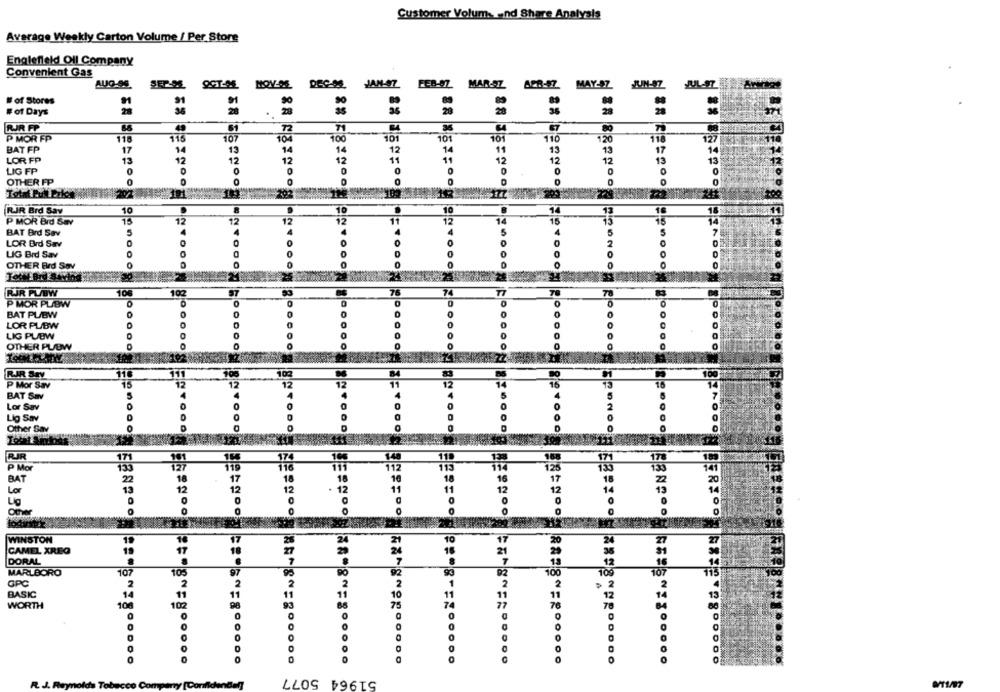
Customer Volums and Share Analysis
Average Weekly Carton Volume / Per Store
Englefield Oll Company
Convenient Gas
AUG 96
JAN-97
QCT-ME MOV-SE DEC-OS
FEB-87 MAR-SZ
APR- 7. MAY-SZ
JUL-97
# of Stores
28
35
28
# of Days
28
RJR FP
61
72
36
P MOR FP
115
115
101
127
107
100
101
101
110
120
118
BAT FP
17
14
13
14
14
12
14
11
13
13
17
13
LOR FP
13
12
12
12
12
11
11
12
12
12
13
LIG FP
0
0
0
0
0
0
0
0
0
0
OTHER FP
0
0
0
0
0
Total Full Paket
RIR Brd Say
10
10
10
18
P MOR Brd Sav
15
12
12
12
12
11
12
14
15
BAT Brd Sav
5
5
LOR Brd Sav
0
0
LIG Brd Sav
0
0
0
0
0
O
OTHER Brd Sov
26
102
76
78
PUJR PL/BW
10%
P MOR PLOW
0
0
0
BAT PU/BW
0
0
0
0
0
LOR PUBW
0
0
0
LIG PUBW
0
0
0
0
OTHER PLOW
77
116
100
84
10
P Mor Sav
15
12
11
12
4
BAT Sav
0
0
0
Lig Sav
0
Other Sav
1.48
118
P Mor
112
113
BAT
18
.
11
11
Lig
0
WINSTON
CAMEL XREG
16
DORAL
MARLBORO
107
100
GPC
1
2
BASIC
11
11
WORTH
106
7
76
0
0
0
0
51964 5077
the Te